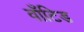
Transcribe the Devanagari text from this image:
वाँटिड